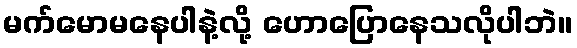
မက်မောမနေပါနဲ့လို့ ဟောပြောနေသလိုပါဘဲ။